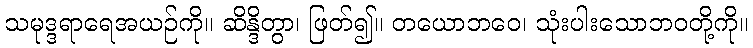
သမုဒ္ဒရာရေအယဉ်ကို။ ဆိန္ဒိတွာ၊ ဖြတ်၍။ တယောဘဝေ၊ သုံးပါးသောဘဝတို့ကို။